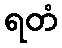
ရတံ